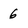
Character: 6